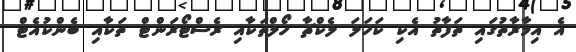
އެ އިމާރާތުގައި ތަފާތު އެކި ކަހަލަ ލެކްޗާ ހޯލްތަކާއި ރެސްޓޯރަންޓް ތަކާއި ބެންކުއެޓް